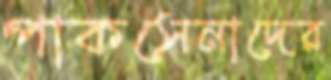
পাকসেনাদের